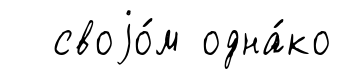
своjо́м одна́ко